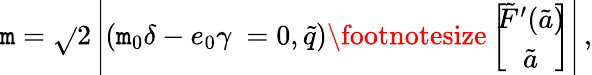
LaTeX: \mathtt{m}=\sqrt{}{{2}}\left|(\mathtt{m}_{0}\delta-e_{0}\gamma~=0,\tilde{{q}}){\footnotesize\left[\! \! \begin{array}{c}{{\tilde{F}^{\prime}(\tilde{a})}}\\ {{\tilde{a}}}\end{array}\! \! \right]}\right|\, ,